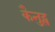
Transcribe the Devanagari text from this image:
कैनुट्स